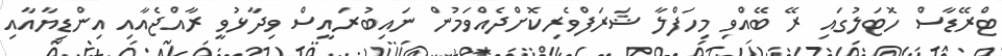
ޓްރޭޑާސް ހޮޓަލުގައި ރޭ ބޭއްވި މިހަފްލާ ޝަރަފްވެރިކޮށްދެއްވަމުން ނައިބުރައީސް ވިދާޅުވީ ރާއްޖެއާއި އިންޑިޔާއާއި